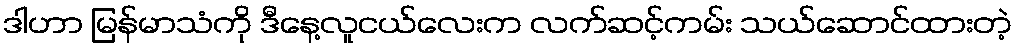
ဒါဟာ မြန်မာသံကို ဒီနေ့လူငယ်လေးက လက်ဆင့်ကမ်း သယ်ဆောင်ထားတဲ့